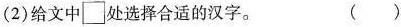
(2)给文中\square处选择合适的汉字。 ( )